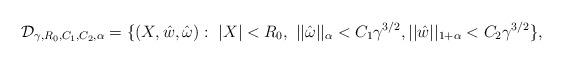
LaTeX: \begin{align*} {\mathcal D}_{\gamma, R_0, C_1, C_2, \alpha} =\{(X, \hat w, \hat {\omega}): \ |X| < R_0, \ ||\hat \omega||_{\alpha} < C_1\gamma^{3/2}, ||\hat w||_{1 +\alpha} < C_2\gamma^{3/2} \},\end{align*}